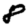
Digit: 8